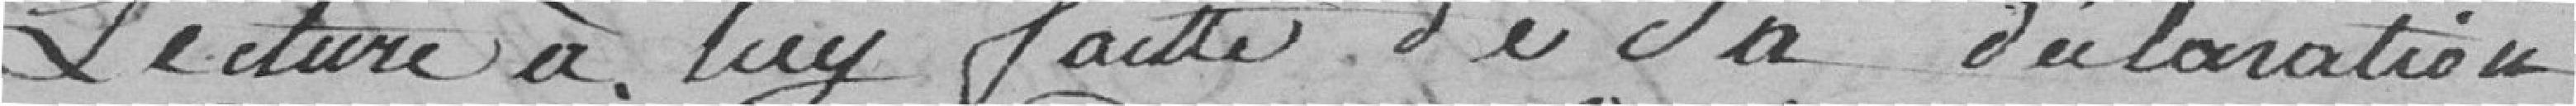
Lecture à lui faite de sa déclaration,